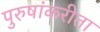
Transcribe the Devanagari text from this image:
पुरुषांकरीता